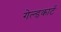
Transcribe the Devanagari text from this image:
गेल्डकार्ट